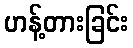
ဟန့်တားခြင်း